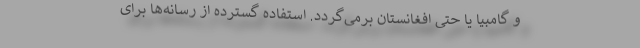
و گامبیا یا حتی افغانستان برمی‌گردد. استفاده گسترده از رسانه‌ها برای